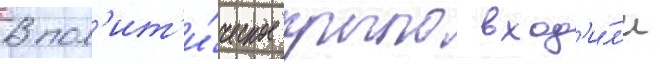
В пол'ит'и́ческое крыло вход'и́л'и